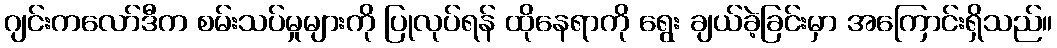
ဂျင်းကလော်ဒီက စမ်းသပ်မှုများကို ပြုလုပ်ရန် ထိုနေရာကို ရွေး ချယ်ခဲ့ခြင်းမှာ အကြောင်းရှိသည်။